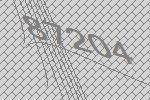
87204